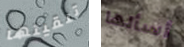
تلقيتها أسألها